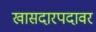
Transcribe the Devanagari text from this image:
खासदारपदावर